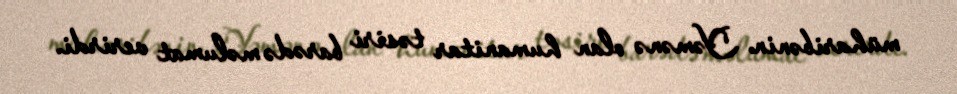
müharibənin Yəmənə olan humanitar təsiri barədə məlumat verirdi.